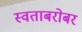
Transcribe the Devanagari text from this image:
स्वताबरोबर